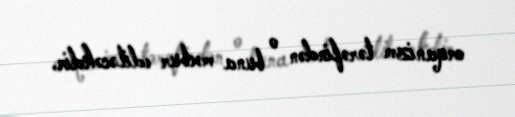
orqanizm tərəfindən o buna məcbur ediləcəkdir.